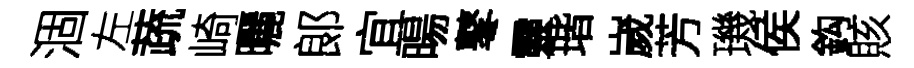
涸左蔬崎曬郞宜暘鼕靈瑎嵗芳璣侯鈎賅